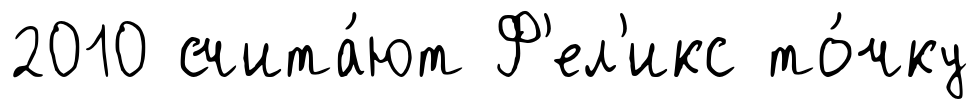
2010 счита́ют Ф'ел'икс то́чку